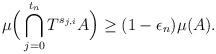
LaTeX: \begin{align*}\mu\Big(\bigcap_{j=0}^{t_n}T^{s_{j,i}}A\Big) \geq (1-\epsilon_n)\mu(A).\end{align*}